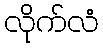
လိုက်လံ